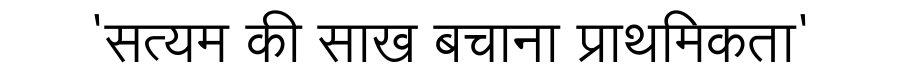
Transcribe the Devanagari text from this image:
'सत्यम की साख बचाना प्राथमिकता'